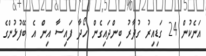
އަނެކުން 24 ގަޑިއިރު ގުދާރު ބިންދައިގެން ހޯދާ ފައިސާ އިން އެ ބޭފުޅުންގެ